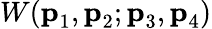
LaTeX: W(\textbf{p}_{1},\textbf{p}_{2};\textbf{p}_{3},\textbf{p}_{4})